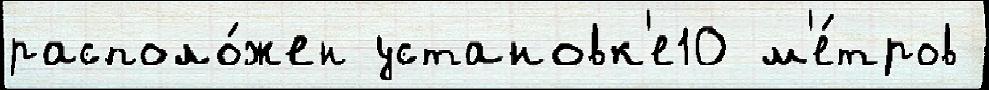
располо́жен установк'е10 м'е́тров